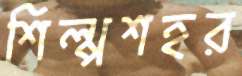
শিল্পশহর